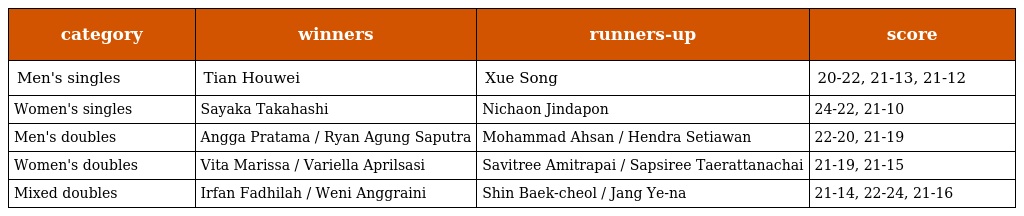
| category | winners | runners-up | score |
 | --- | --- | --- | --- |
 | Men's singles | Tian Houwei | Xue Song | 20-22, 21-13, 21-12 |
 | Women's singles | Sayaka Takahashi | Nichaon Jindapon | 24-22, 21-10 |
 | Men's doubles | Angga Pratama / Ryan Agung Saputra | Mohammad Ahsan / Hendra Setiawan | 22-20, 21-19 |
 | Women's doubles | Vita Marissa / Variella Aprilsasi | Savitree Amitrapai / Sapsiree Taerattanachai | 21-19, 21-15 |
 | Mixed doubles | Irfan Fadhilah / Weni Anggraini | Shin Baek-cheol / Jang Ye-na | 21-14, 22-24, 21-16 |